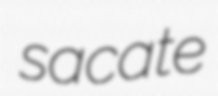
sacate